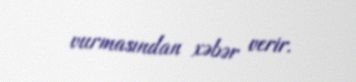
vurmasından xəbər verir.